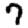
Digit: 7